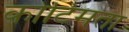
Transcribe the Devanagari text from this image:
कोटिमता